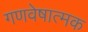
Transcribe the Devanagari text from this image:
गणवेषात्मक